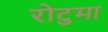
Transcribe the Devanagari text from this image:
रोटुमा